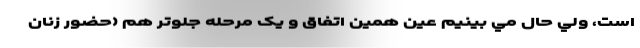
است، ولي حال مي بينيم عين همين اتفاق و يک مرحله جلوتر هم (حضور زنان